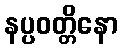
နပ္ပဝတ္တိနော